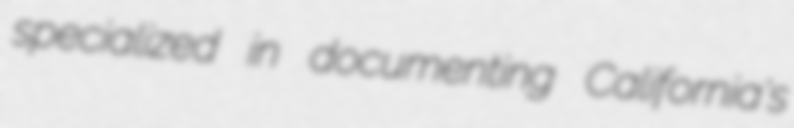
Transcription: specialized in documenting California's